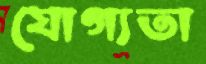
যোগ্যতা